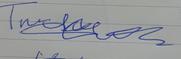
Signature authenticity: genuine